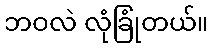
ဘဝလဲ လုံခြုံတယ်။